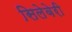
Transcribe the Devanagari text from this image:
सिलेबेरी